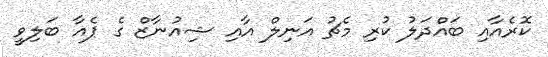
ކޮރެއާއި ބައްދަލު ކުރި މެޗު އަނިލް އާއި ޝިއުނާޒް ގެ ޕެއާ ބަލިވީ